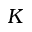
K